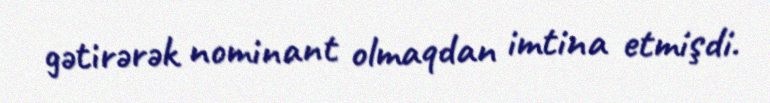
gətirərək nominant olmaqdan imtina etmişdi.